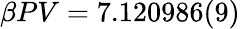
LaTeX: \beta PV=7.120986(9)